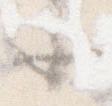
そ